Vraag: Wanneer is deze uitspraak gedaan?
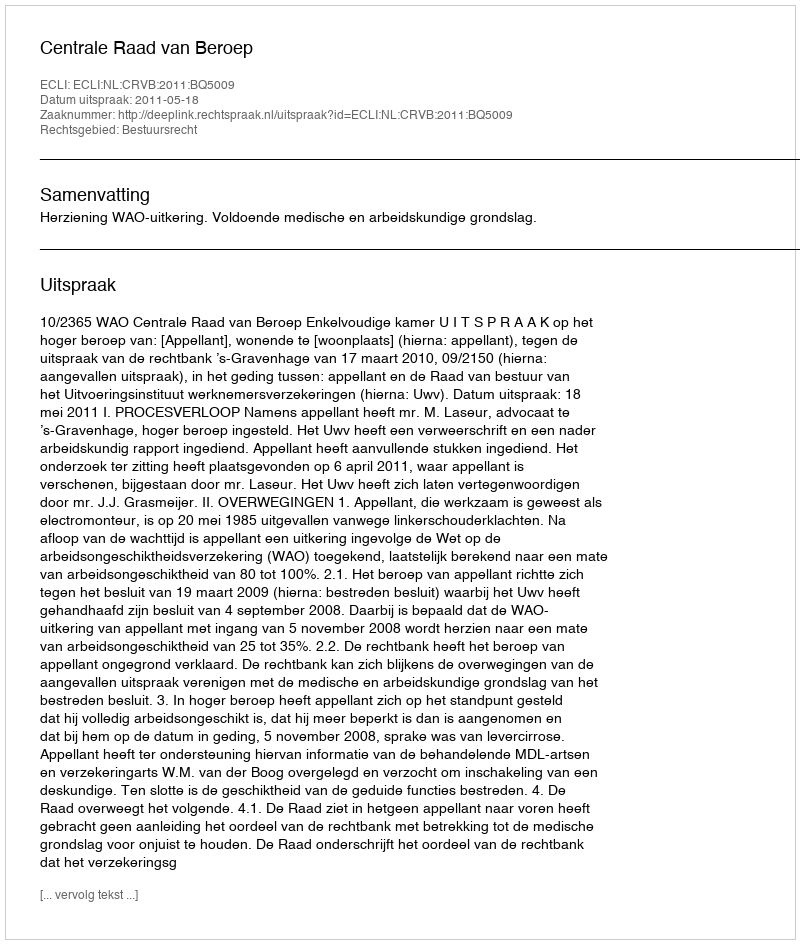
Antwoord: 2011-05-18